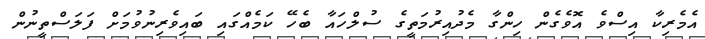
އެމެރިކާ އިސްވެ އޮވެގެން ހިންގާ މެދުއިރުމަތީގެ ސުލްހައާ ބެހޭ ކަމެއްގައި ބައިވެރިނުވުމަށް ފަލަސްތީނުން